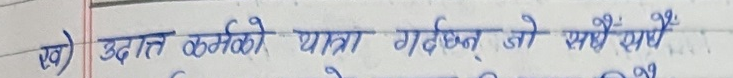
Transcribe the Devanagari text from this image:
ख) उदात्त कर्मको यात्रा गर्दैन् जो सधैँ सधैँ